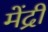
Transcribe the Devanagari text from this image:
मेंद्री